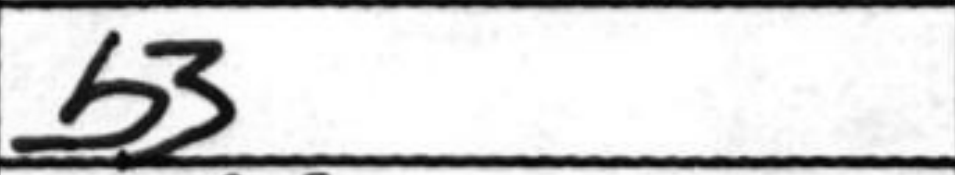
Transcription: b3